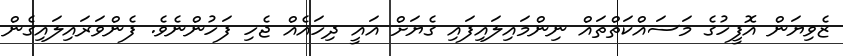
ޒެވިޔަން އޮފީހުގެ މަސައްކަތްތައް ނިންމައިލައިފައި ގެޔަށް އައީ ދިހައެއް ޖެހި ފަހުންނެވެ. ފެންވަރައިލައިގެން